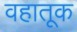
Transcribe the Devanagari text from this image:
वहातूक